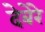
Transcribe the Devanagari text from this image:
देबेरे